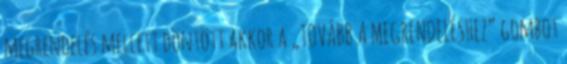
megrendelés mellett döntött akkor a „TOVÁBB A MEGRENDELÉSHEZ” gombot